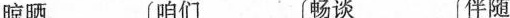
晾晒 咱们 畅谈 伴随